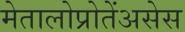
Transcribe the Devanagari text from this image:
मेतालोप्रोतेंअसेस